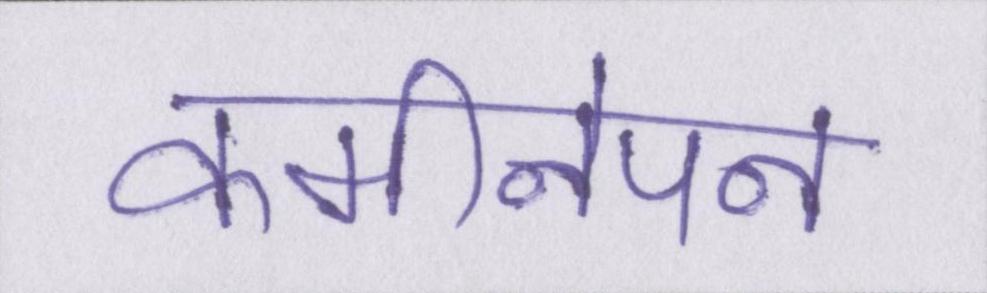
कमीनेपन